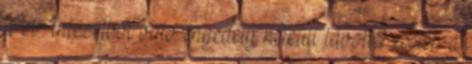
a bv. intézetből való engedély nélküli távollét esetén a